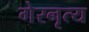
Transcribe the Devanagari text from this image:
गेरनृत्य